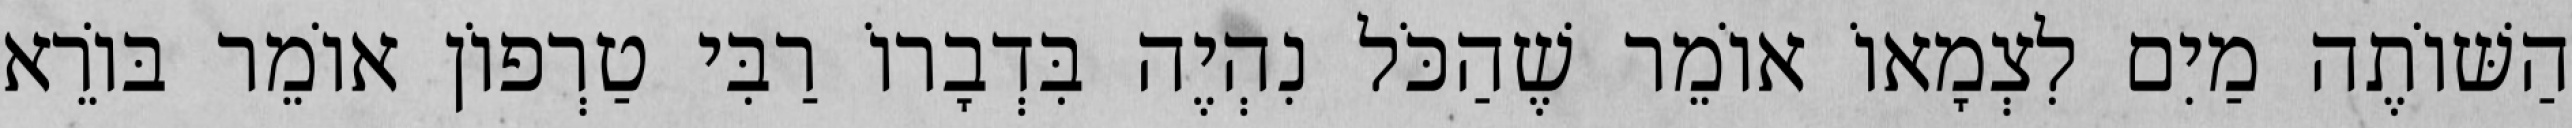
הַשּׁוֹתֶה מַיִם לִצְמָאוֹ אוֹמֵר שֶׁהַכֹּל נִהְיֶה בִּדְבָרוֹ רַבִּי טַרְפוֹן אוֹמֵר בּוֹרֵא